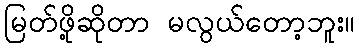
မြတ်ဖို့ဆိုတာ မလွယ်တော့ဘူး။